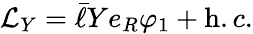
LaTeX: {\cal L}_{Y}=\bar{\ell}Ye_{R}\varphi_{1}+{\mathrm h.c.}